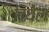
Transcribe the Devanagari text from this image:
बिथेल